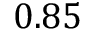
0 . 8 5